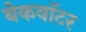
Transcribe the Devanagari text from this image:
बेकवॉटर